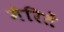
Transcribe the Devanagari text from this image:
मेरितें